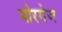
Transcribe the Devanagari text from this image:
मोरगेज